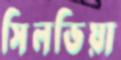
সিলভিয়া